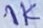
Text: 1k